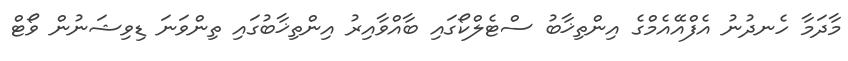
މާދަމާ ހެނދުނު އެފްއޭއެމްގެ އިންތިޚާބު ސްޓެލްކޯގައި ބާއްވާއިރު އިންތިޚާބުގައި ތިންވަނަ ޑިވިޝަނުން ވޯޓް